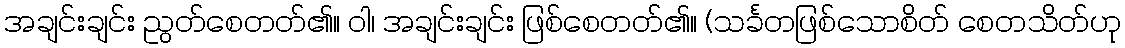
အချင်းချင်း ညွတ်စေတတ်၏။ ဝါ၊ အချင်းချင်း ဖြစ်စေတတ်၏။ (သင်္ခတဖြစ်သောစိတ် စေတသိတ်ဟု